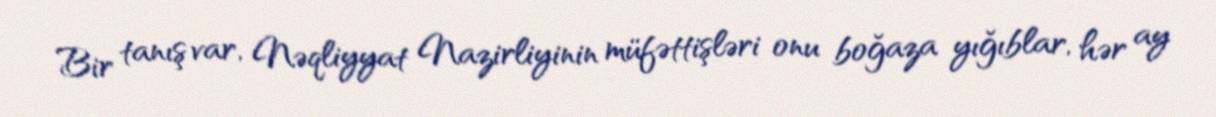
Bir tanış var, Nəqliyyat Nazirliyinin müfəttişləri onu boğaza yığıblar, hər ay